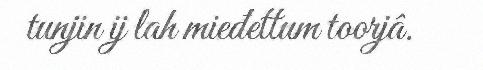
tunjin ij lah mieđettum toorjâ.